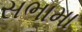
સભામા